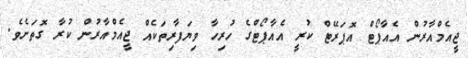
ޖީއެމްއާރުން އެއާޕޯޓް އޮޕަރޭޓް ކުރީ އެއާޕޯޓްގެ ހުރިހާ ވިޔަފާރިތަކެއް ޖީއެމްއާރުން ކުރާ ގޮތަށެވެ.